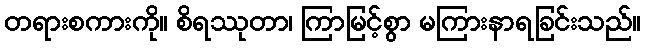
တရားစကားကို။ စိရဿုတာ၊ ကြာမြင့်စွာ မကြားနာရခြင်းသည်။